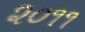
૨૦૧૧